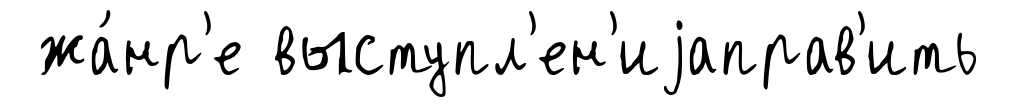
жа́нр'е выступл'ен'иjаправ'ить